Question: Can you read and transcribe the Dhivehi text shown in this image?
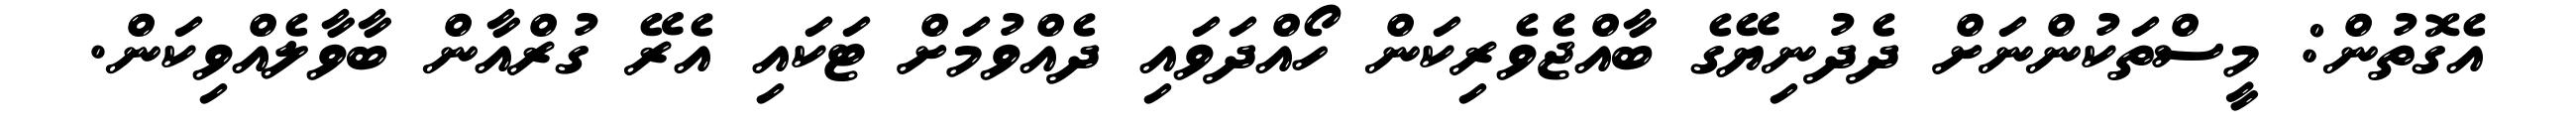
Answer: އެގޮތުން: މީސްތަކުންނަށް ދެދުނިޔޭގެ ބާއްޖެވެރިކަން ހޯއްދަވައި ދެއްވުމަށް ޓަކައި އެރޭ ގުރްއާން ބާވާލެއްވިކަން.